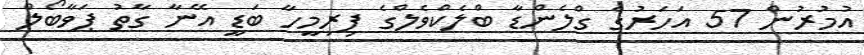
އުމުރުން 57 އަހަރުގެ ގްލެންޑާ ބްލެކްވެލްގެ ފިރިމީހާ ބަޑީ އޭނާ ގާތު ޕަވާބޯލް